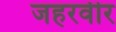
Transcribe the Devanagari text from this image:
जहरवीर